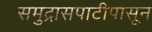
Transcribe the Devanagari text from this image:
समुद्रासपाटीपासून